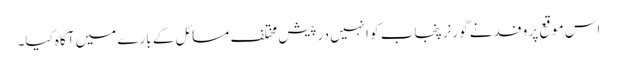
اس موقع پر وفد نے گورنرپنجاب کو انہیں درپیش مختلف مسائل کے بارے میں آگاہ کیا۔